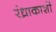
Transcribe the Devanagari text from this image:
रंध्राकाशों